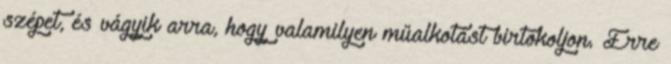
szépet, és vágyik arra, hogy valamilyen műalkotást birtokoljon. Erre